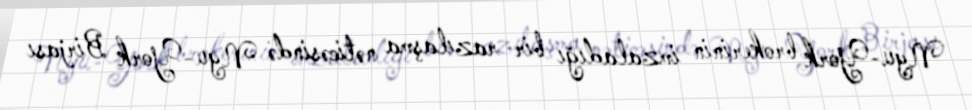
Nyu-York brokerinin imzaladığı bir razılaşma nəticəsində Nyu-York Birjası